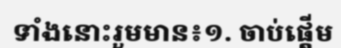
ទាំងនោះរួមមាន៖១. ចាប់ផ្តើម